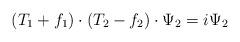
LaTeX: \begin{align*}(T_1+f_1)\cdot (T_2-f_2)\cdot \Psi_2=i\Psi_2\end{align*}